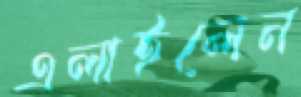
এলাইলেন